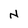
Character: N